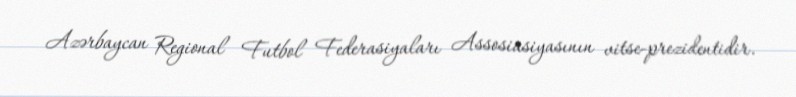
Azərbaycan Regional Futbol Federasiyaları Assosiasiyasının vitse-prezidentidir.